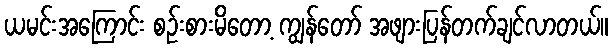
ယမင်းအကြောင်း စဉ်းစားမိတော့ ကျွန်တော် အဖျားပြန်တက်ချင်လာတယ်။